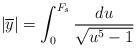
LaTeX: \begin{align*}|\overline{y}|=\int_0^{F_s}\frac{du}{\sqrt{u^5-1}}\end{align*}